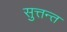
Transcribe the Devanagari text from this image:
सुत्तन्त